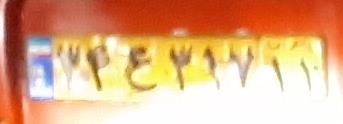
۳۴ع۳۱۷۱۱